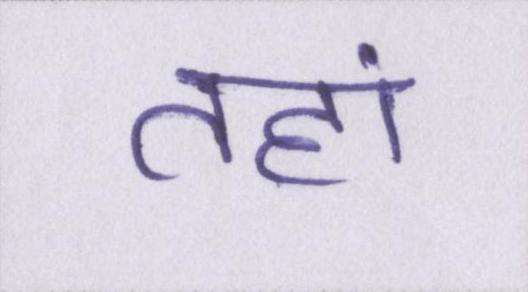
तहां